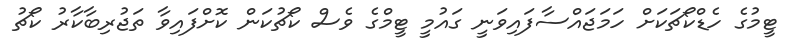
ޓީމުގެ ހެޑްކޯޗަކަށް ހަމަޖައްސާފައިވަނީ ގައުމީ ޓީމްގެ ވެސް ކޯޗުކަން ކޮށްފައިވާ ތަޖުރިބާކާރު ކޯޗު